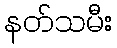
နတ်သမီး